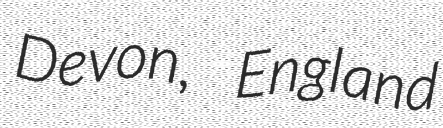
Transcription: Devon, England